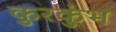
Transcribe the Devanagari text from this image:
कुरकुंभ